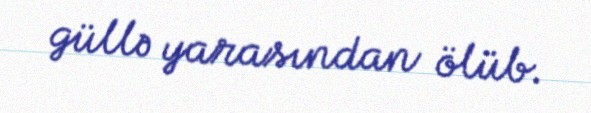
güllə yarasından ölüb.